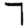
Digit: 7